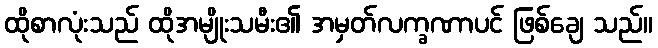
ထိုစာလုံးသည် ထိုအမျိုးသမီး၏ အမှတ်လက္ခဏာပင် ဖြစ်ချေ သည်။